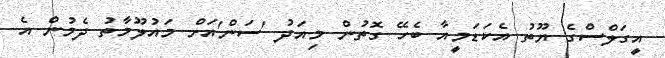
އީގަލްސްގެ ޔޫތު އެކަޑަމީއާ ބެހޭ ގޮތުން މިއަދު 'ސަން'އަށް މައުލޫމާތު ދެމުން އެ